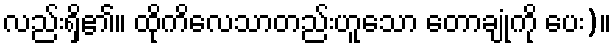
လည်းရှိ၏။ ထိုကိလေသာတည်းဟူသော တောချုံကို ပေး)။